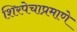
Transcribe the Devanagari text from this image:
शिरपेचाप्रमाणे